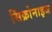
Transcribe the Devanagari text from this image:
सिंक्रोनाइज